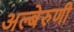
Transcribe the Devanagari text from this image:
अल्बेरुणी